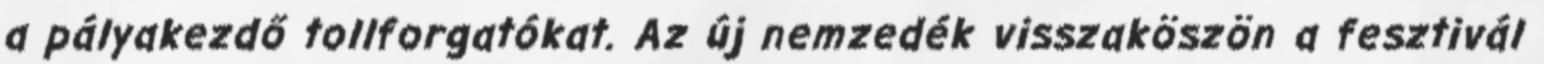
a pályakezdő tollforgatókat. Az új nemzedék visszaköszön a fesztivál